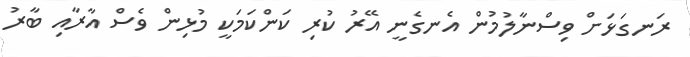
ރަނގަޅަށް ވިސްނާލުމުން އެނގެނީ އޭރު ކުރި ކަންކަމަކީ މުޅިން ވެސް އާރާއި ބާރު